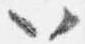
以